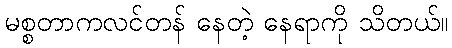
မစ္စတာကလင်တန် နေတဲ့ နေရာကို သိတယ်။